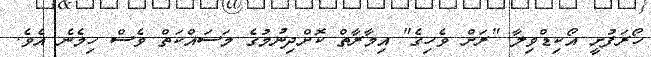
ހޯރަފުށީ އޯކިޑްވިލާ "ރަށް ވެހިގެ" އިމާރާތް ކޮށްދިނުމުގެ މަސައްކަތް ވެސް ހިމެނެ އެވެ.